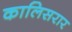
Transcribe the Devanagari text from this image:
कालिसरार